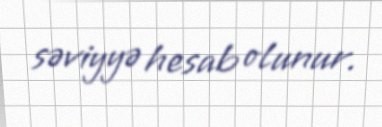
səviyyə hesab olunur.